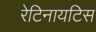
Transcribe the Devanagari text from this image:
रेटिनायटिस